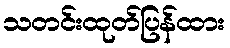
သတင်းထုတ်ပြန်ထား